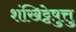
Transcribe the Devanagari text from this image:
शंखिट्टेषु़त्तु